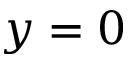
y = 0